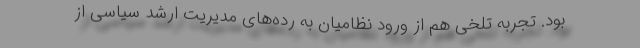
بود. تجربه تلخی هم از ورود نظامیان به رده‌های مدیریت ارشد سیاسی از